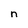
Character: n